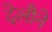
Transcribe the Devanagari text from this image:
देलौने